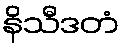
နိသီဒတံ